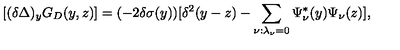
[ ( \delta \Delta ) _ { y } G _ { D } ( y , z ) ] = ( - 2 \delta \sigma ( y ) ) [ \delta ^ { 2 } ( y - z ) - \sum _ { \nu : \lambda _ { \nu } = 0 } \Psi _ { \nu } ^ { * } ( y ) \Psi _ { \nu } ( z ) ] ,